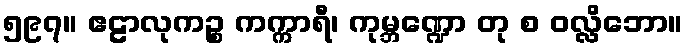
၅၉၇။ ဧဠာလုကဉ္စ ကက္ကာရီ၊ ကုမ္ဘဏ္ဍော တု စ ဝလ္လိဘော။